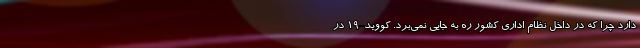
دارد چرا که در داخل نظام اداری کشور ره به جایی نمی‌برد. کووید-۱۹ در